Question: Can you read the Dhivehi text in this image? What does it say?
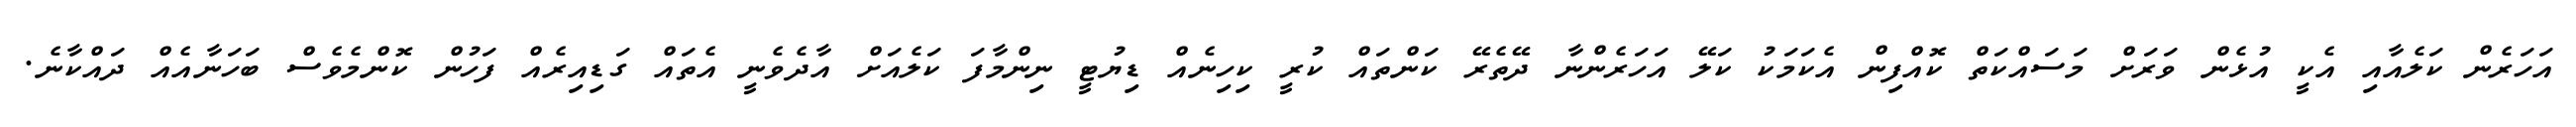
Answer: އަހަރެން ކަލެއާއި އެކީ އުޅެން ވަރަށް މަސައްކަތް ކޮއްފިން އެކަމަކު ކަލޭ އަހަރެންނާ ދޭތެރޭ ކަންތައް ކުރީ ކިހިނެއް ޑިޔުޓީ ނިންމާފަ ކަލެއަށް އާދެވެނީ އެތައް ގަޑިއިރެއް ފަހުން ކޮންމެވެސް ބަހަނާއެއް ދައްކާނެ.